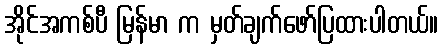
အိုင်အကစ်ပီ မြန်မာ က မှတ်ချက်ဖော်ပြထားပါတယ်။